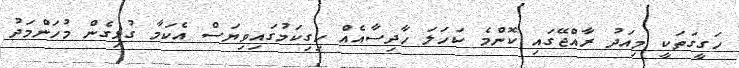
ހަގީގަތަކީ މިއަދު ރާއްޖޭގައި ކޮންމެ ކަހަލަ ހާދިސާއެއް ހިގިކަމުގައިވިޔަސް އެކަމާ ގުޅިގެން މުހަންމަދު